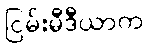
ငြမ်းမီဒီယာက